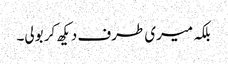
بلکہ میری طرف دیکھ کر بولی۔